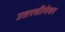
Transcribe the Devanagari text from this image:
उत्तरसीमेवर